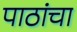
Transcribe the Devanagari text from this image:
पाठांचा